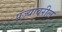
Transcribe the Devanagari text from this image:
पंज्यावरील